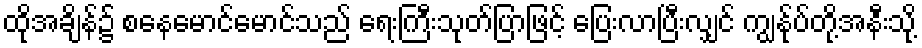
ထိုအချိန်၌ စနေမောင်မောင်သည် ရေးကြီးသုတ်ပြာဖြင့် ပြေးလာပြီးလျှင် ကျွန်ုပ်တို့အနီးသို့